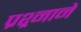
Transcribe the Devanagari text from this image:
प्रश्र्नाने